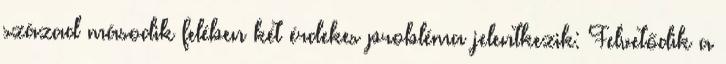
század második felében két érdekes probléma jelentkezik: Felvetődik a